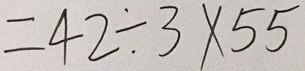
= 4 2 \div 3 \times 5 5